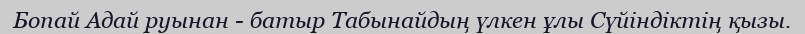
Бопай Адай руынан - батыр Табынайдың үлкен ұлы Сүйіндіктің қызы.